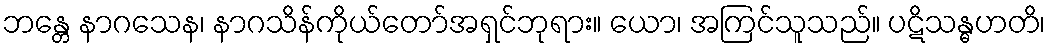
ဘန္တေ နာဂသေန၊ နာဂသိန်ကိုယ်တော်အရှင်ဘုရား။ ယော၊ အကြင်သူသည်။ ပဋိသန္ဓဟတိ၊